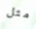
مثل